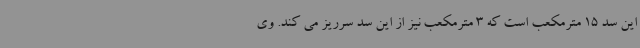
این سد 15 مترمکعب است که 3 مترمکعب نیز از این سد سرریز می کند. وی